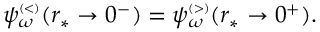
\begin{array} { r } { \psi _ { \omega } ^ { \scriptscriptstyle ( < ) } ( r _ { * } \to 0 ^ { - } ) = \psi _ { \omega } ^ { \scriptscriptstyle ( > ) } ( r _ { * } \to 0 ^ { + } ) . } \end{array}